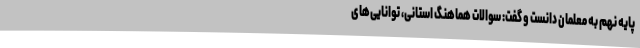
پایه نهم به معلمان دانست و گفت: سوالات هماهنگ استانی، توانایی‌های